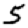
Digit: 5